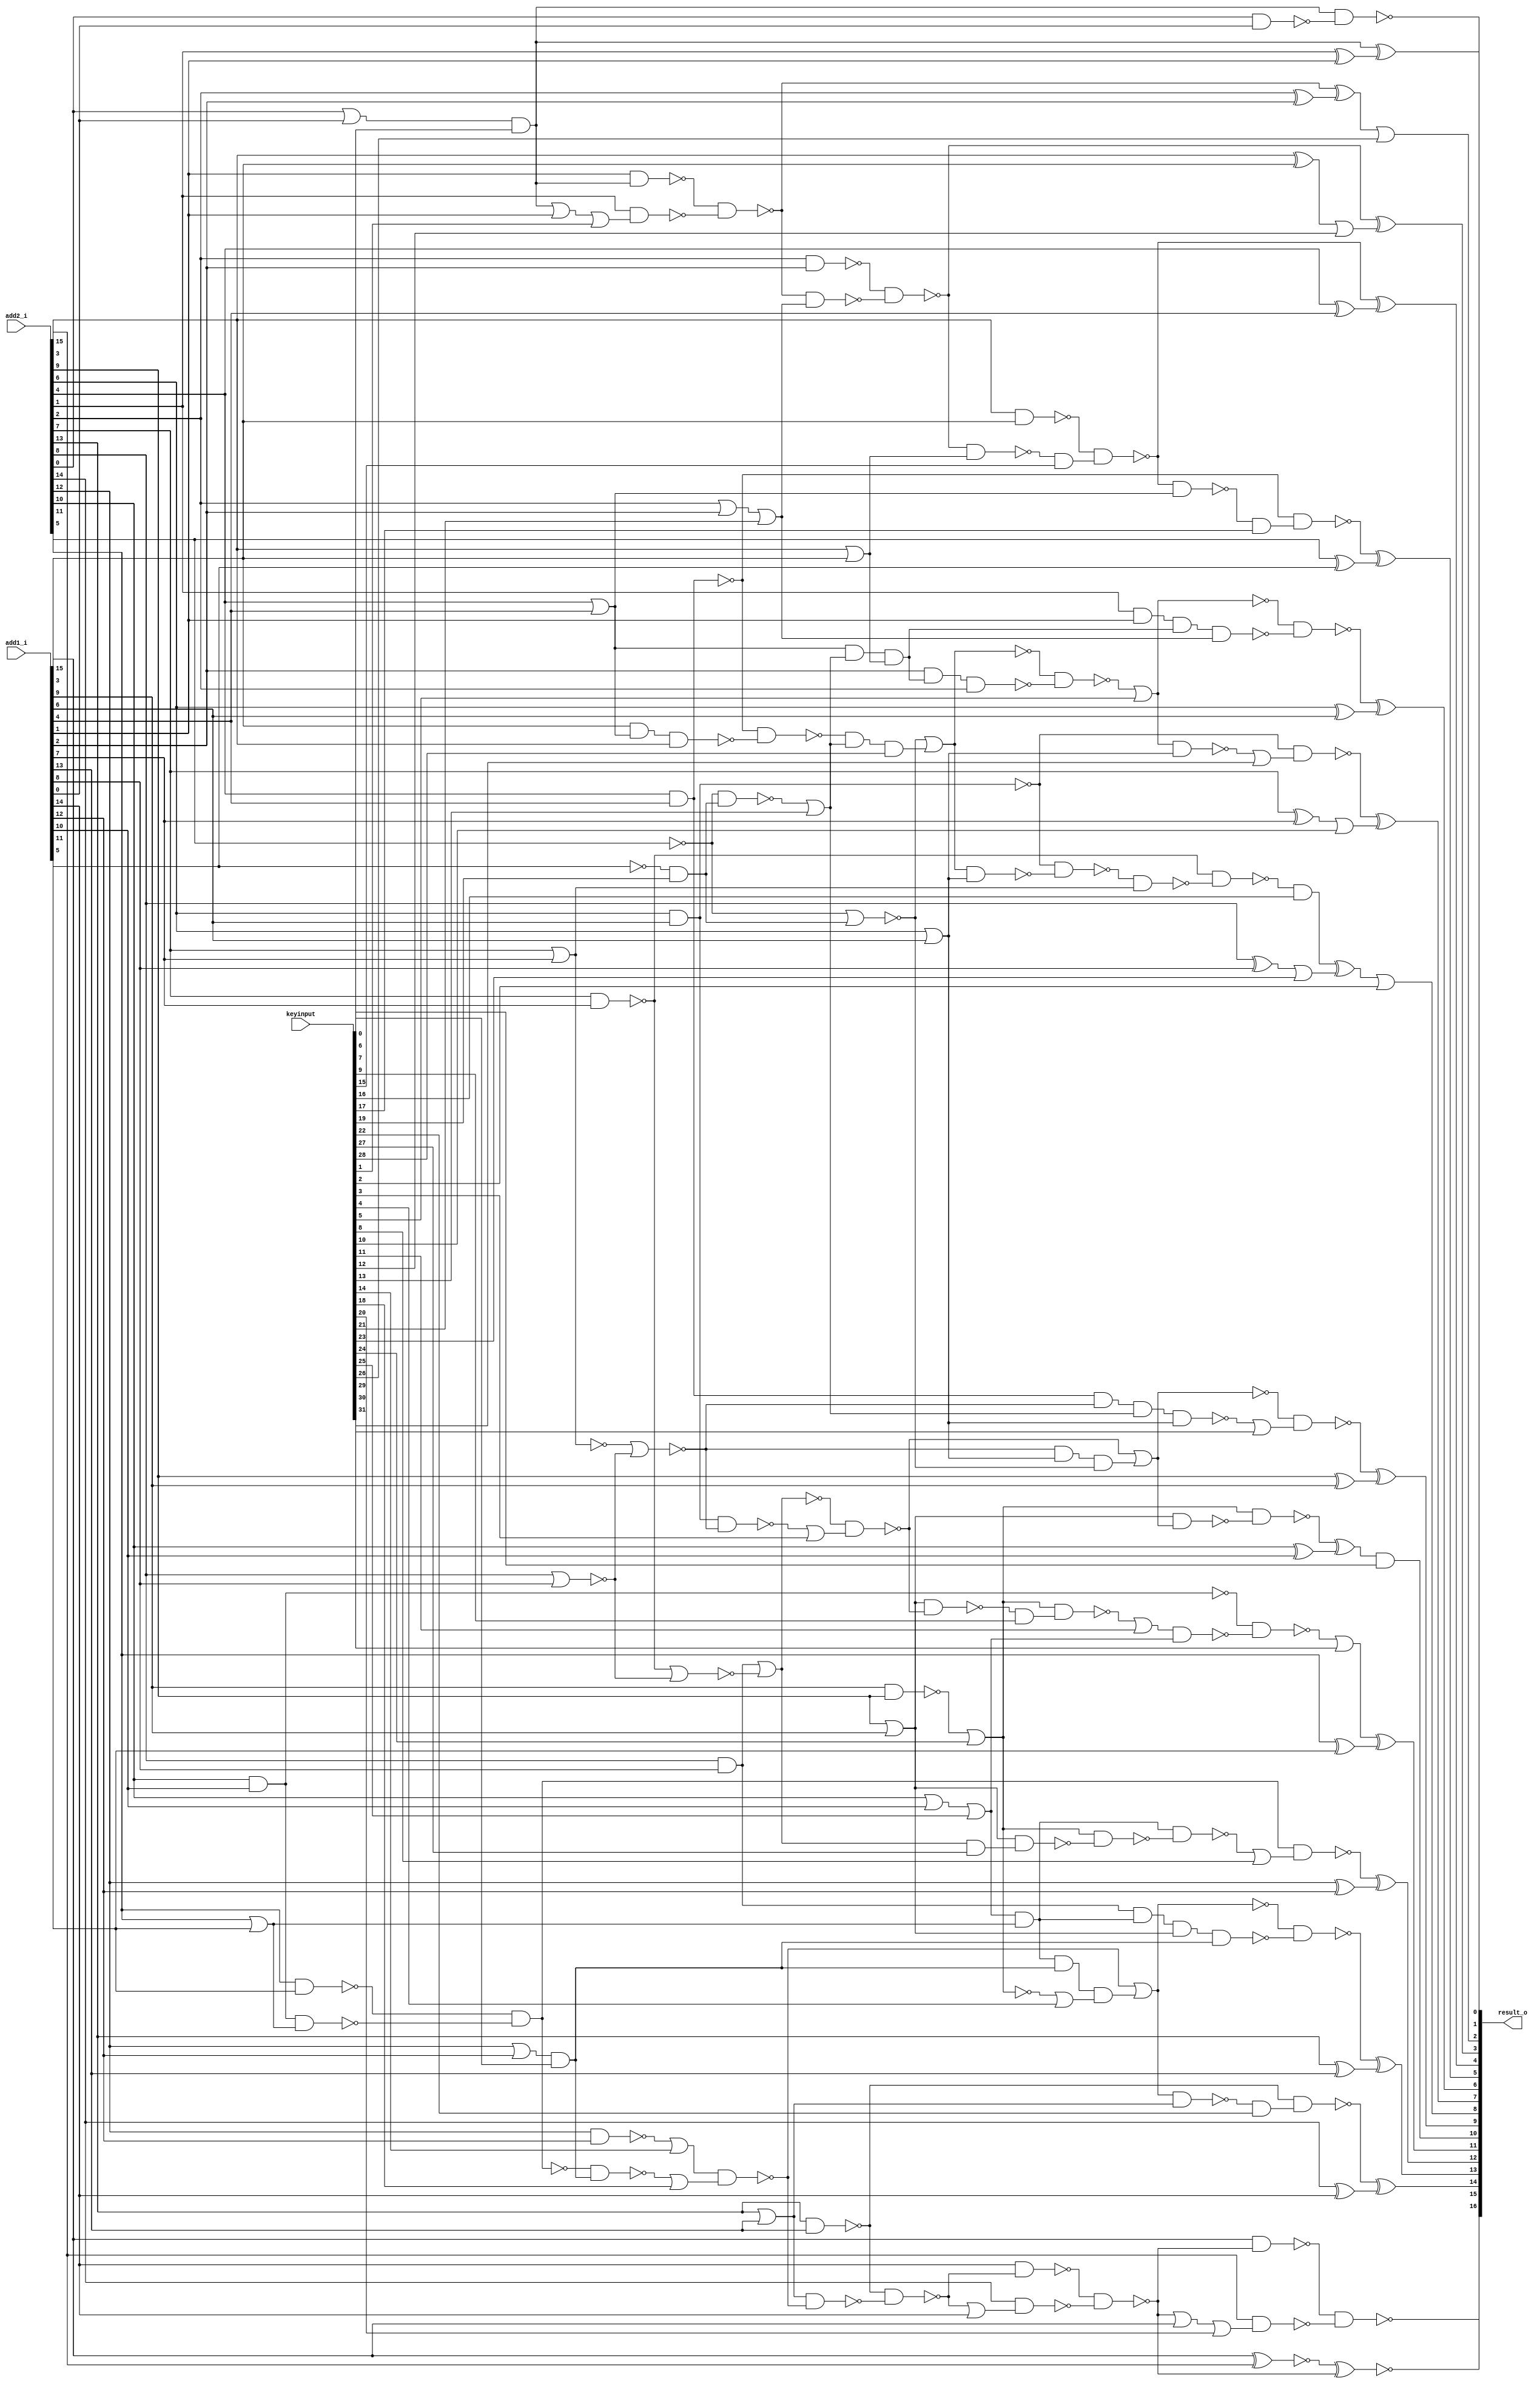
// Verilog File 
module almost_correct_adder16_aor_enc32(add1_i,add2_i,keyinput,result_o);

input [15:0] add1_i, add2_i;
input [31:0] keyinput;


output [16:0] result_o;

wire n98, n99, xenc16, xenc23, xenc2, n107, n115, xenc10, n116, 
n119, n120, n131, n132, n134, n135, n138, xenc12, n139, n142, 
n143, xenc26, xenc0, n148, n162, n163, n166, n167, n178, n179, 
xenc30, n190, n195, n196, xenc7, n100, n89, n165, n85, n158, 
n159, n157, n160, n161, n111, n200, n102, n97, xenc19, n127, 
n169, n201, n183, n108, n194, n198, n104, n173, n170, xenc6, 
xenc4, xenc24, n88, xenc25, n185, n103, xenc3, n92, n199, n112, 
n125, xenc13, n126, n122, n181, n180, n182, n171, xenc27, n90, 
xenc9, n192, n193, xenc5, n93, n105, n96, n91, n113, n110, 
n94, n114, n154, n155, n152, n156, xenc14, xenc18, n175, n177, 
n176, n188, n186, n187, n87, n149, n150, xenc20, n151, xenc28, 
n129, n128, n130, n174, n147, n172, n191, n189, xenc11, xenc22, 
n164, xenc17, n133, xenc31, n117, n86, xenc8, n121, xenc21, n168, 
xenc29, n101, n124, n118, n123, n136, xenc15, n137, n140, n141, 
n144, n145, xenc1, n146, n95, n153, n184, n109, n106, n197, 
n202;

xor g0(result_o[9], n98, n99);
xor g1(n99, add2_i[9], add1_i[9]);
xor g2(xenc2, xenc16, xenc23);
xor g3(n107, add2_i[8], add1_i[8]);
xor g4(result_o[7], n115, xenc10);
xor g5(n116, add2_i[7], add1_i[7]);
xor g6(result_o[6], n119, n120);
xor g7(n120, add2_i[6], add1_i[6]);
xor g8(result_o[5], n131, n132);
xor g9(n132, add2_i[5], add1_i[5]);
xor g10(result_o[4], n134, n135);
xor g11(n135, add2_i[4], add1_i[4]);
xor g12(result_o[3], n138, xenc12);
xor g13(n139, add2_i[3], add1_i[3]);
xor g14(xenc26, n142, n143);
xor g15(n143, add2_i[2], add1_i[2]);
xor g16(result_o[1], xenc0, n148);
xor g17(n148, add2_i[1], add1_i[1]);
xor g18(result_o[14], n162, n163);
xor g19(n163, add2_i[14], add1_i[14]);
xor g20(result_o[13], n166, n167);
xor g21(n167, add2_i[13], add1_i[13]);
xor g22(result_o[12], n178, n179);
xor g23(n179, add2_i[12], add1_i[12]);
xor g24(result_o[11], xenc30, n190);
xor g25(n190, add2_i[11], add1_i[11]);
xor g26(xenc7, n195, n196);
xor g27(n196, add2_i[10], add1_i[10]);
not g28(n89, n100);
not g29(n85, n165);
nand g30(n157, n158, n159);
nand g31(n159, n160, n161);
nor g32(n102, n111, n200);
nor g33(n127, n97, xenc19);
nor g34(n183, n169, n201);
nor g35(n201, n108, n200);
nor g36(n100, n194, n198);
and g37(n198, n102, n104, n127);
nor g38(n165, n161, n173);
and g39(n173, n170, xenc6, xenc4);
not g40(n88, xenc24);
and g41(n170, xenc25, n185);
nand g42(n103, n97, xenc19);
nand g43(n194, n183, xenc3);
nand g44(n199, n92, n102);
not g45(n92, n112);
and g46(n122, n125, xenc13, n126);
nand g47(n180, n170, n181);
nand g48(n181, xenc24, n182);
nand g49(n182, n171, xenc27);
not g50(n90, n183);
nand g51(n192, xenc24, xenc9);
nand g52(n193, n171, n194);
not g53(n93, xenc5);
not g54(n96, n105);
not g55(n91, n111);
nand g56(n110, n112, n113);
nand g57(n113, n94, n104);
not g58(n94, n114);
nand g59(n152, n154, n155);
nand g60(n154, add1_i[14], n157);
nand g61(n155, add2_i[14], n156);
or g62(n156, n157, add1_i[14]);
nand g63(n161, xenc14, xenc18);
nand g64(n175, add2_i[12], add1_i[12]);
nand g65(n176, n177, xenc6);
nand g66(n188, add2_i[10], add1_i[10]);
or g67(n185, add2_i[11], add1_i[11]);
nand g68(n177, n186, n187);
nand g69(n186, add2_i[11], add1_i[11]);
nand g70(n187, n87, n185);
not g71(n87, n188);
nand g72(result_o[16], n149, n150);
nand g73(n149, add1_i[15], n152);
nand g74(n150, add2_i[15], xenc20);
or g75(n151, n152, add1_i[15]);
nor g76(n111, add2_i[7], add1_i[7]);
nor g77(n200, add2_i[8], add1_i[8]);
nor g78(n114, n127, xenc28);
and g79(n128, n129, xenc13);
nand g80(n129, n105, n130);
nand g81(n130, add1_i[3], n125, add2_i[3]);
or g82(n104, add2_i[6], add1_i[6]);
nand g83(n174, add1_i[9], add2_i[9]);
or g84(n171, add2_i[9], add1_i[9]);
or g85(n147, add2_i[0], add1_i[0]);
nand g86(n112, add2_i[6], add1_i[6]);
nand g87(n105, add2_i[4], add1_i[4]);
or g88(n172, add2_i[12], add1_i[12]);
or g89(n125, add2_i[4], add1_i[4]);
nand g90(n189, n188, n191);
nand g91(n191, xenc11, xenc25);
nand g92(n162, n158, xenc22);
nand g93(n164, n85, n160);
nand g94(n131, n105, xenc17);
nand g95(n133, n134, n125);
nand g96(n115, n112, xenc31);
nand g97(n117, xenc5, n104);
nand g98(n178, n86, xenc8);
not g99(n86, n177);
nand g100(n119, n93, n121);
nand g101(n121, add2_i[1], add1_i[1], n122, xenc21);
nand g102(n166, n165, n168);
nand g103(n168, n169, n170, n171, xenc6);
nand g104(n98, n100, xenc29);
nand g105(n101, n96, n102, xenc13, n104);
nand g106(n118, n114, n124);
nand g107(n124, add1_i[2], n122, add2_i[2]);
nand g108(n108, add2_i[7], add1_i[7]);
nand g109(n158, add2_i[13], add1_i[13]);
or g110(n123, add2_i[2], add1_i[2]);
or g111(n126, add2_i[3], add1_i[3]);
and g112(n169, add2_i[8], add1_i[8]);
nand g113(n134, n136, xenc15);
nand g114(n136, add2_i[3], add1_i[3]);
nand g115(n137, n138, n126);
nand g116(n138, n140, n141);
nand g117(n140, add2_i[2], add1_i[2]);
nand g118(n141, n142, xenc21);
nand g119(n142, n144, n145);
nand g120(n144, add1_i[1], xenc0);
nand g121(n145, add2_i[1], xenc1);
or g122(n146, xenc0, add1_i[1]);
or g123(n160, add2_i[13], add1_i[13]);
not g124(n95, add1_i[5]);
not g125(n97, add2_i[5]);
xnor g126(result_o[15], n153, n152);
xnor g127(n153, add1_i[15], add2_i[15]);
or g128(n184, add2_i[10], add1_i[10]);
nand g129(n106, n108, n109);
nand g130(n109, n110, n91);
nand g131(n195, xenc24, n197);
nand g132(n197, n171, n89);
nand g133(result_o[0], xenc0, n202);
nand g134(n202, add2_i[0], add1_i[0]);
and g135(xenc0, n147, keyinput[0]);
or g136(xenc1, n146, keyinput[1]);
or g137(result_o[8], xenc2, keyinput[2]);
or g138(xenc3, n199, keyinput[3]);
or g139(xenc4, n88, keyinput[4]);
or g140(xenc5, n118, keyinput[5]);
and g141(xenc6, n172, keyinput[6]);
and g142(result_o[10], xenc7, keyinput[7]);
or g143(xenc8, n180, keyinput[8]);
and g144(xenc9, n193, keyinput[9]);
or g145(xenc10, n116, keyinput[10]);
or g146(xenc11, n192, keyinput[11]);
or g147(xenc12, n139, keyinput[12]);
or g148(xenc13, n103, keyinput[13]);
or g149(xenc14, n175, keyinput[14]);
and g150(xenc15, n137, keyinput[15]);
and g151(xenc16, n106, keyinput[16]);
and g152(xenc17, n133, keyinput[17]);
or g153(xenc18, n176, keyinput[18]);
and g154(xenc19, n95, keyinput[19]);
or g155(xenc20, n151, keyinput[20]);
or g156(xenc21, n123, keyinput[21]);
and g157(xenc22, n164, keyinput[22]);
or g158(xenc23, n107, keyinput[23]);
or g159(xenc24, n174, keyinput[24]);
or g160(xenc25, n184, keyinput[25]);
or g161(result_o[2], xenc26, keyinput[26]);
and g162(xenc27, n90, keyinput[27]);
and g163(xenc28, n128, keyinput[28]);
or g164(xenc29, n101, keyinput[29]);
or g165(xenc30, n189, keyinput[30]);
or g166(xenc31, n117, keyinput[31]);
endmodule